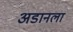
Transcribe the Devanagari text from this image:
अडानला